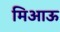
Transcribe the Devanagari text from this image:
मिआऊ